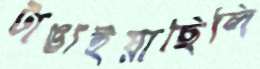
টাঙাইয়াছিলি